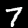
Label: 7